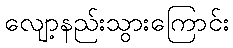
လျော့နည်းသွားကြောင်း